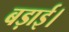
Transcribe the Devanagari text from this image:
बड़ाई।